Report of the Municipal Commissioner on the plague in Bombay for the year ending 31st May... - Volume 1
Disease focus: Plague
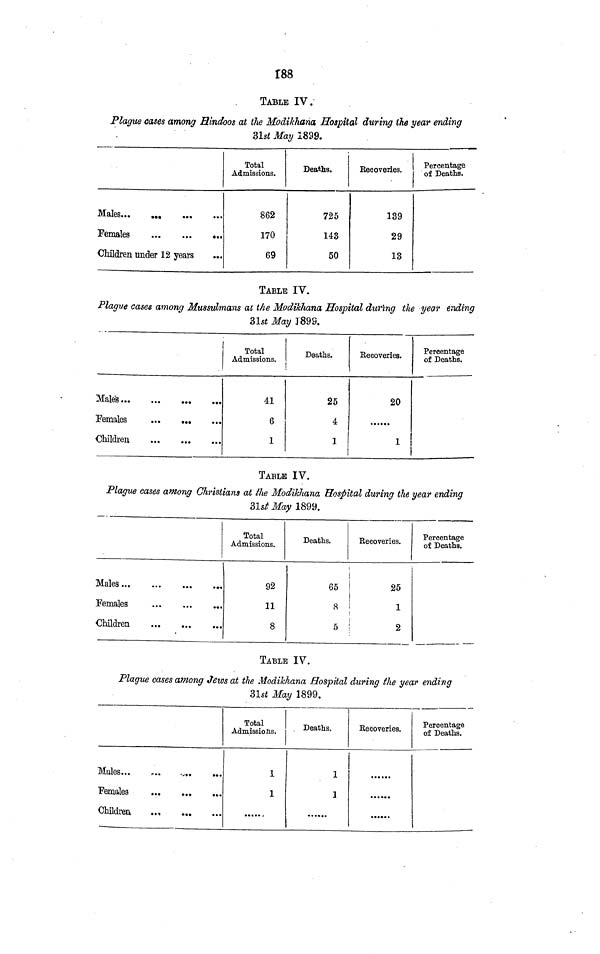
188
TABLE IV.
Plague oases among Hindoos at the Modikhana Hospital during the year ending
3lst May 1899.
Females
Children under 12 years
...
Total
Admissions.
862
170
69
Deaths.
725
143
50
Recoveries.
139
29
13
Percentage
of Deaths.
TABLE IV.
Plague cases among Mussulmans al the Modikhana Hospital during the year ending
31st J%;|899.
Males.
Females
Children
Total
Admissions.
41
6
1
Deaths.
25
4
1
Eecoveries.
20
1
Percentage
of Deaths.
TABLE IV.
Plague cases among Christians at the Modikhana Hospital during the year ending
31s/ May 1899.
Males
,„
Females
Children
Total
Admissions.
92
11
8
Deaths.
Eecoveries.
i
65
25
8
1
5
2
Percentage
of Deaths.
TABLE IV.
Plague cases among Jews at the Modikhana Hospital during the year ending
31st May 1899.
Mules...
Females
Total
Admissions.
1
1
Deaths,
1
1
......
Eecoveries.
Percentage
of Deaths.